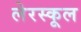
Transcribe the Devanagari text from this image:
लेरस्कूल